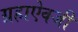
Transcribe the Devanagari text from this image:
ग्रहाऐवजी